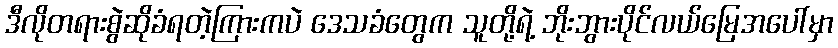
ဒီလိုတရားစွဲဆိုခံရတဲ့ကြားကပဲ ဒေသခံတွေက သူတို့ရဲ့ ဘိုးဘွားပိုင်လယ်မြေအပေါ်မှာ